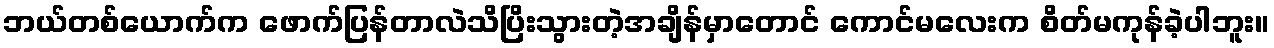
ဘယ်တစ်ယောက်က ဖောက်ပြန်တာလဲသိပြိးသွားတဲ့အချိန်မှာတောင် ကောင်မလေးက စိတ်မကုန်ခဲ့ပါဘူး။